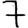
Digit: 7